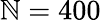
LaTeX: \mathbb{N}=400